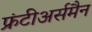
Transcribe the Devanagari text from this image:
फ्रंटीअर्समैन